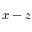
x - z